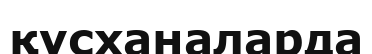
құсханаларда